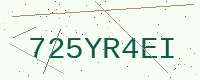
Text: 725YR4EI